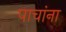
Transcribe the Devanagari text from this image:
पाचांना